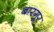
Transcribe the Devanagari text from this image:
बारगूर